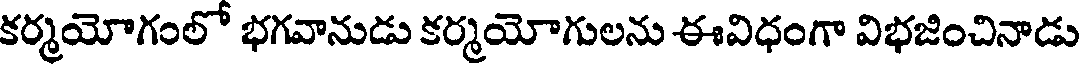
కర్మయోగంలో భగవానుడు కర్మయోగులను ఈవిధంగా విభజించినాడు